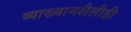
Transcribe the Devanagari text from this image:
व्याख्यानशैलीही